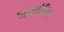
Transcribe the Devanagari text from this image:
जयमंदिर